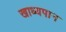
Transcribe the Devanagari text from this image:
खाध्यपान